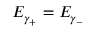
E _ { \gamma _ { + } } = E _ { \gamma _ { - } }